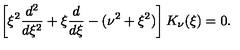
\left[ \xi ^ { 2 } { \frac { d ^ { 2 } } { d \xi ^ { 2 } } } + \xi { \frac { d } { d \xi } } - ( \nu ^ { 2 } + \xi ^ { 2 } ) \right] K _ { \nu } ( \xi ) = 0 .